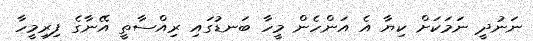
ނަނުދީ ނަމަކަށް ކިޔާ އެ އަންހެން މީހާ ބަނޑުގައި ރިއްސާތީ އޭނާގެ ފިރިމީހާ